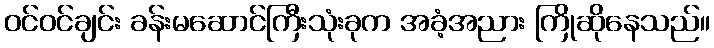
ဝင်ဝင်ချင်း ခန်းမဆောင်ကြီးသုံးခုက အခံ့အညား ကြိုဆိုနေသည်။